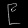
Digit: ၉